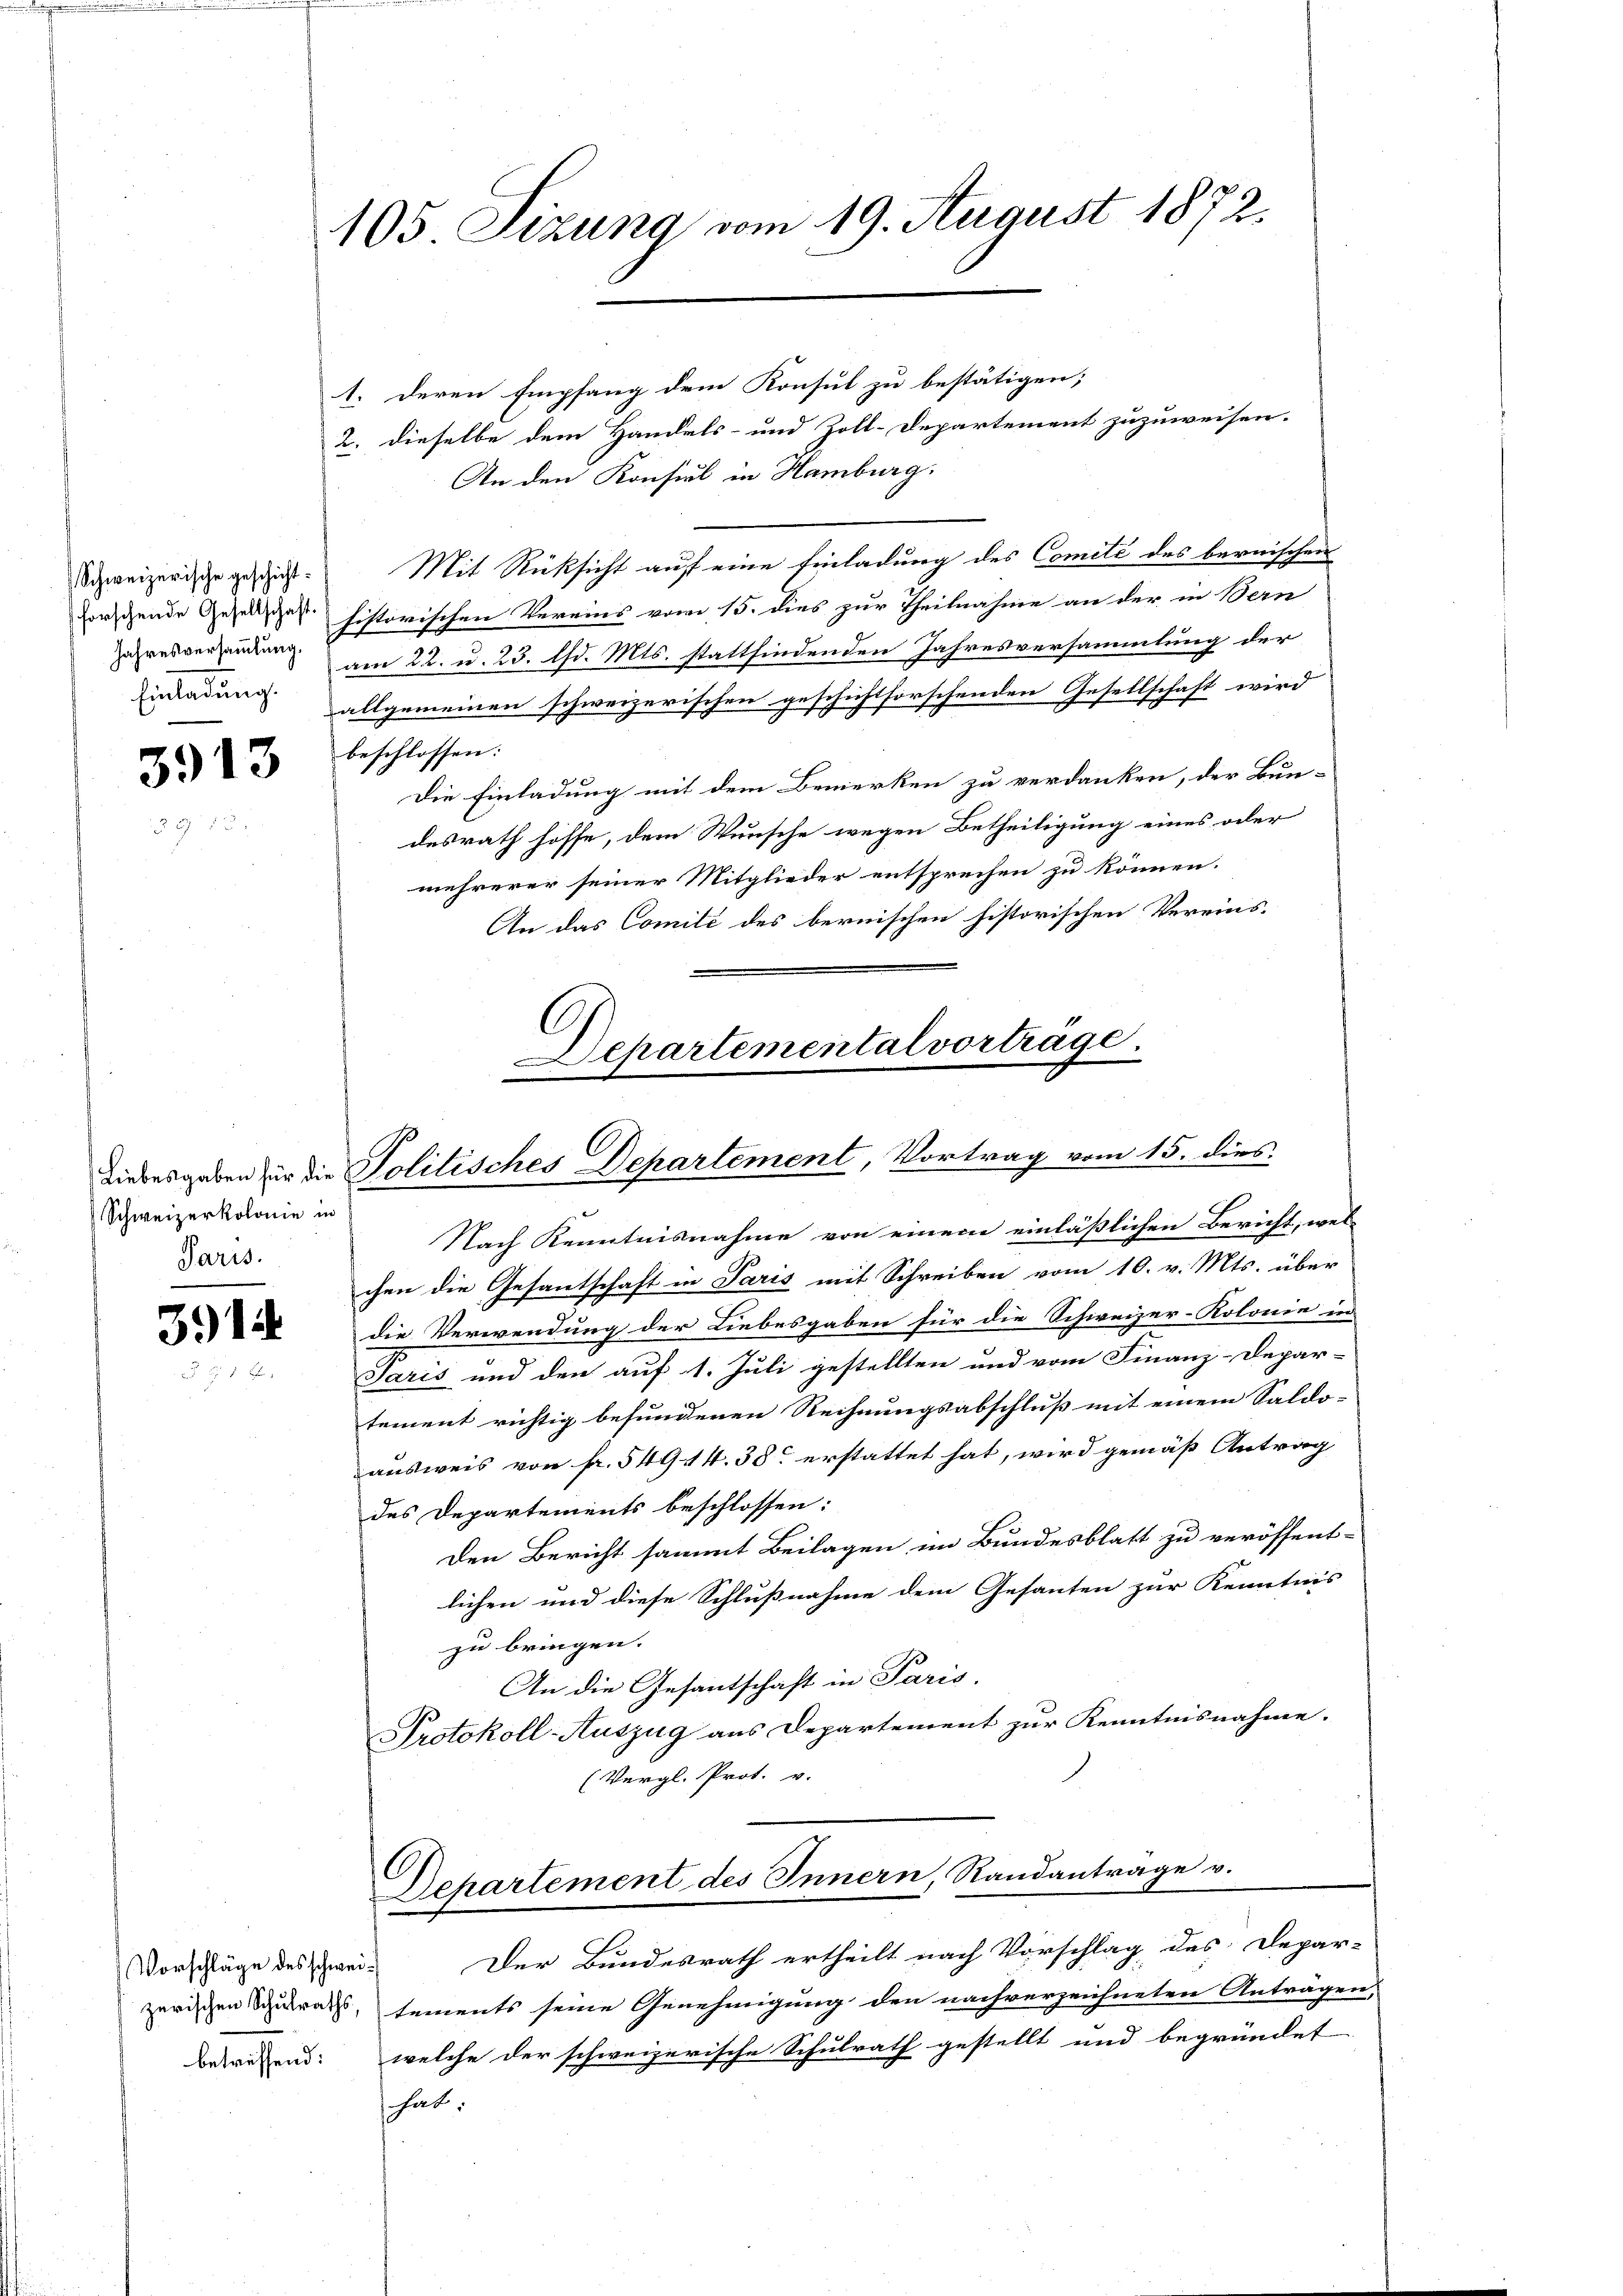
Schweizerische geschicht.
forschende Gesellschaft.
Jahresversammlung.
Einladung.

3913

1. deren Empfang dem Konsul zu bestätigen;
2. dieselbe dem Handels- und Zoll-Departement zuzuweisen.
An den Konsul in Hamburg.
Mit Rücksicht auf eine Einladung des Comité des bernischen
historischen Vereins vom 15. dies zur Theilnahme an der in Bern
am 22. u. 23. d. Mts. stattfindenden Jahresversammlung der
allgemeinen schweizerischen geschichtforschenden Gesellschaft wird
beschlossen:
Die Einladung mit dem Bemerken zu verdanken, der Bun-
desrath hoffe, dem Wunsche wegen Betheiligung eines oder
mehrerer seiner Mitglieder entsprechen zu können.
An das Comité des bernischen historischen Vereins-
Nach Kenntnisnahme von einem einläßlichen Bericht, wel-
chen die Gesantschaft in Paris mit Schreiben vom 10. v. Mts. über
die Verwendung der Liebesgaben für die Schweizer-Kolonie in
Paris und den auf 1. Juli gestellten und vom Finanz-Depar-
tement richtig befundenen Rechnungsabschluß mit einem Saldo-
ausweis von fr. 549 14. 38. erstattet hat, wird gemäß Antrag
des Departements beschlossen:
Den Bericht sammt Beilagen im Bundesblatt zu veröffent-
lichen und diese Schlußnahme dem Gesanten zur Kenntnis
zu bringen.
An die Gesantschaft in Paris.
Protokoll-Auszug aus Departement zur Kenntnisnahme.
(Vergl. Prot. v.
Departement des Innern, Randanträge v.
Vorschläge des zwei Der Bundesrath ertheilt nach Vorschlag des Depar-
zerischen Schulrats, tements seine Genehmigung den nachverzeichneten Anträgen,
betreffend: welche der schweizerische Schulrath gestellt und begründet
hat.

Schweizerkolonie in
Paris.

3914

105 Sizung vom 19. August 1872.

Departemental vorträge.

Liebesgaben für die Politisches Departement, Vortrag vom 15. dies